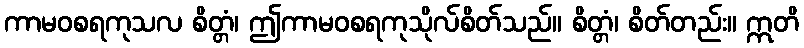
ကာမဝစရကုသလ စိတ္တံ၊ ဤကာမဝစရကုသိုလ်စိတ်သည်။ စိတ္တံ၊ စိတ်တည်း။ ဣတိ